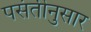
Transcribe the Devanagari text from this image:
पसंतीनुसार